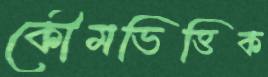
কৌমভিত্তিক